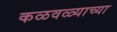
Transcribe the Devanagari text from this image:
कळवळ्याच्या